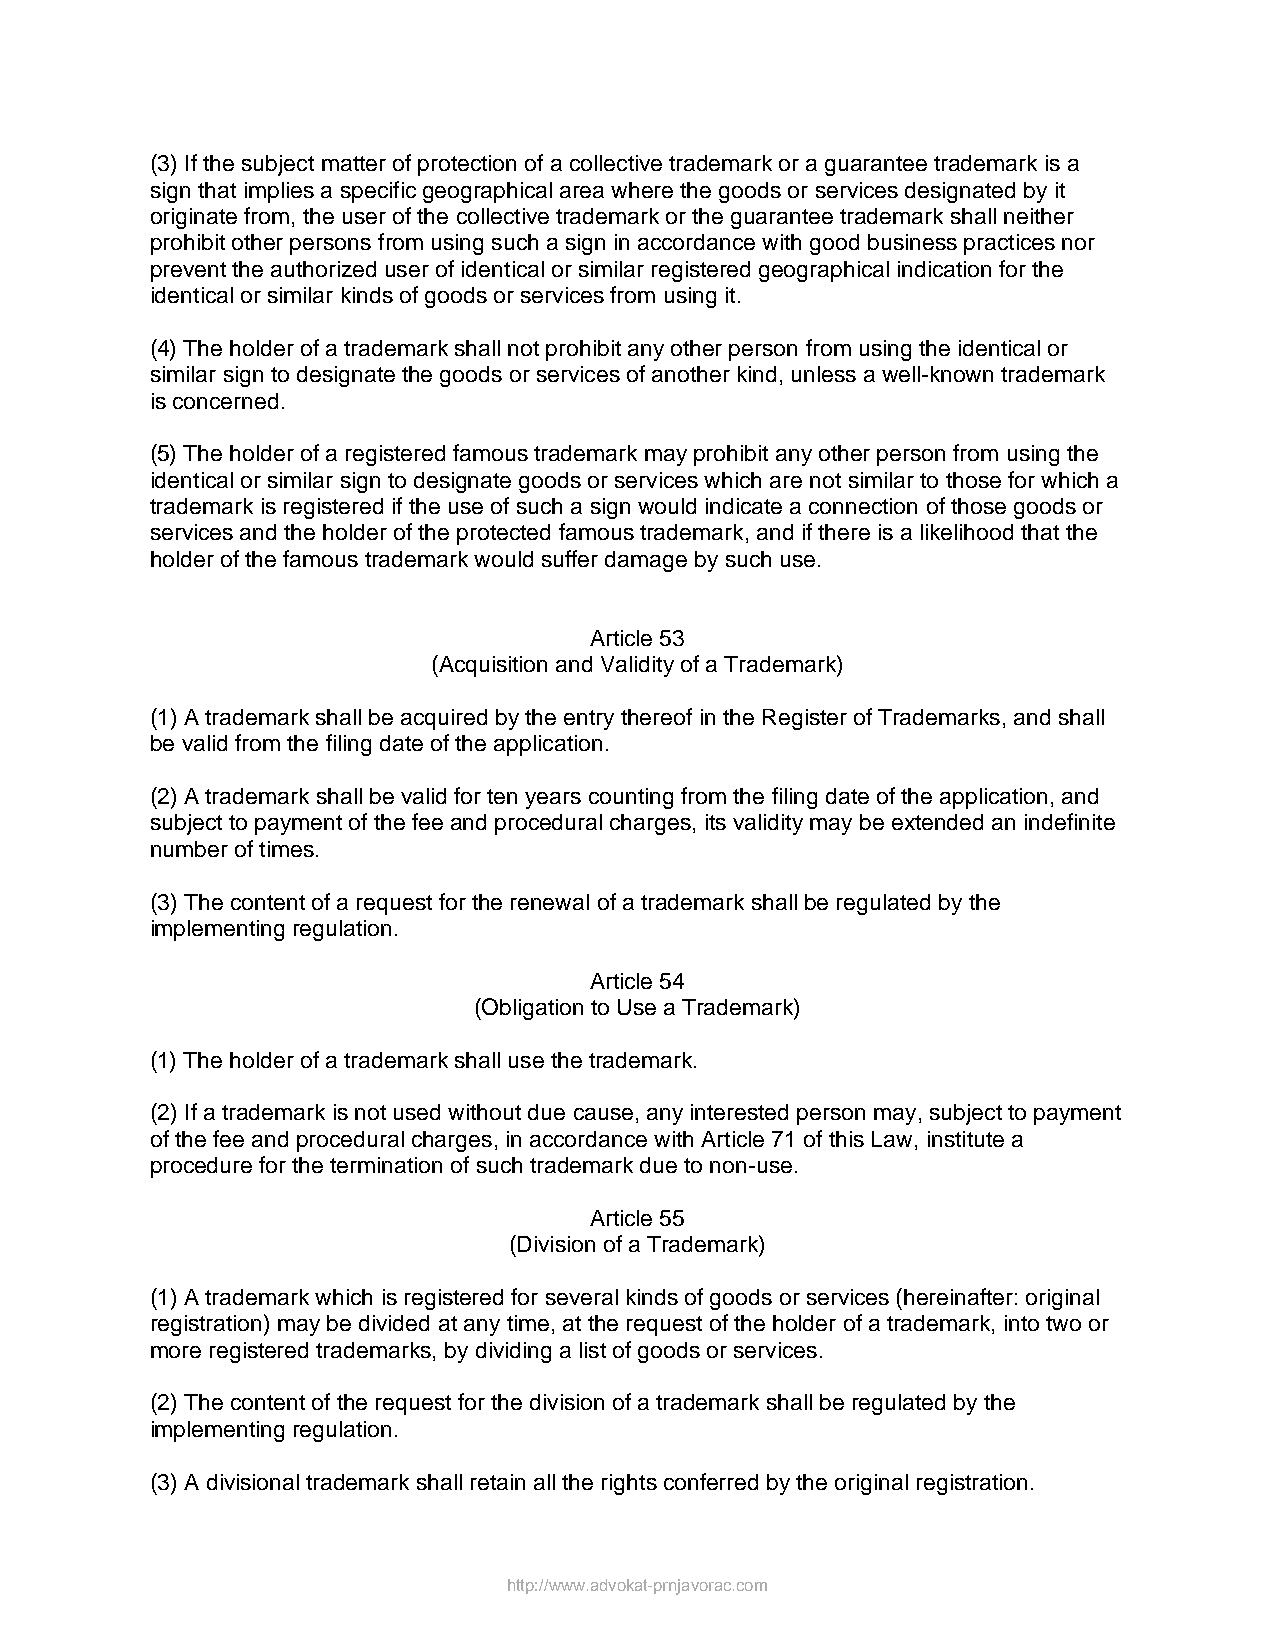
(3) If the subject matter of protection of a collective trademark or a guarantee trademark is a
 sign that implies a specific geographical area where the goods or services designated by it
 originate from, the user of the collective trademark or the guarantee trademark shall neither
 prohibit other persons from using such a sign in accordance with good business practices nor
 prevent the authorized user of identical or similar registered geographical indication for the
 identical or similar kinds of goods or services from using it.
 (4) The holder of a trademark shall not prohibit any other person from using the identical or
 similar sign to designate the goods or services of another kind, unless a well-known trademark
 is concerned.
 (5) The holder of a registered famous trademark may prohibit any other person from using the
 identical or similar sign to designate goods or services which are not similar to those for which a
 trademark is registered if the use of such a sign would indicate a connection of those goods or
 services and the holder of the protected famous trademark, and if there is a likelihood that the
 holder of the famous trademark would suffer damage by such use.
 Article 53
 (Acquisition and Validity of a Trademark)
 (1) A trademark shall be acquired by the entry thereof in the Register of Trademarks, and shall
 be valid from the filing date of the application.
 (2) A trademark shall be valid for ten years counting from the filing date of the application, and
 subject to payment of the fee and procedural charges, its validity may be extended an indefinite
 number of times.
 (3) The content of a request for the renewal of a trademark shall be regulated by the
 implementing regulation.
 Article 54
 (Obligation to Use a Trademark)
 (1) The holder of a trademark shall use the trademark.
 (2) If a trademark is not used without due cause, any interested person may, subject to payment
 of the fee and procedural charges, in accordance with Article 71 of this Law, institute a
 procedure for the termination of such trademark due to non-use.
 Article 55
 (Division of a Trademark)
 (1) A trademark which is registered for several kinds of goods or services (hereinafter: original
 registration) may be divided at any time, at the request of the holder of a trademark, into two or
 more registered trademarks, by dividing a list of goods or services.
 (2) The content of the request for the division of a trademark shall be regulated by the
 implementing regulation.
 (3) A divisional trademark shall retain all the rights conferred by the original registration.
 http://www.advokat-prnjavorac.com